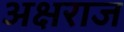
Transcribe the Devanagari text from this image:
अक्षराज